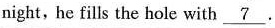
night, he fills the hole with \underline7.